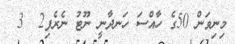
މިނިވަން 50ގެ ހާއްސަ ހަނދާނީ ނޫޓު ނެރެފި2  3